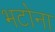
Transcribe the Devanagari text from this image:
भटोना